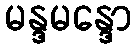
မန္ဒမန္ဒော